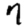
Digit: 7